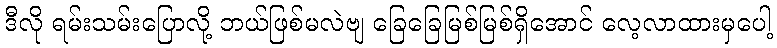
ဒီလို ရမ်းသမ်းပြောလို့ ဘယ်ဖြစ်မလဲဗျ ခြေခြေမြစ်မြစ်ရှိအောင် လေ့လာထားမှပေါ့